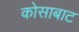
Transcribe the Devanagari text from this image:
कोसाबाट